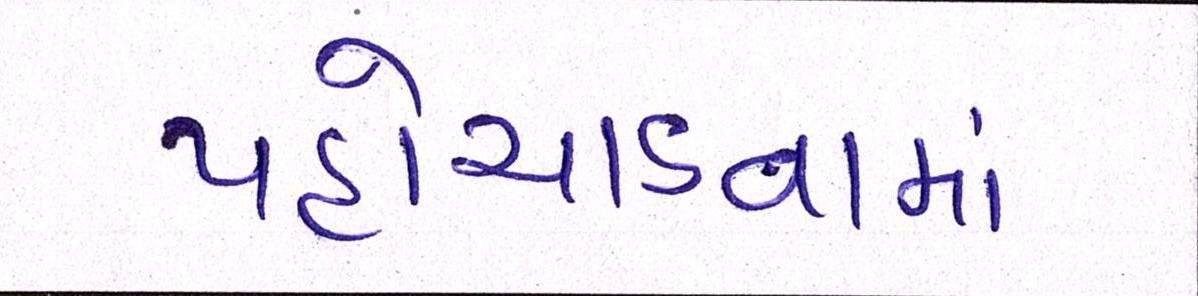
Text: પહોંચાડવામાં